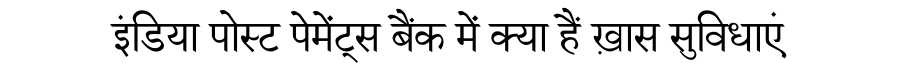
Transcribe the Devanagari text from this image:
इंडिया पोस्ट पेमेंट्स बैंक में क्या हैं ख़ास सुविधाएं